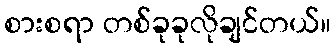
စားစရာ တစ်ခုခုလိုချင်တယ်။